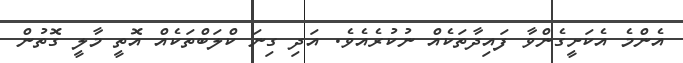
އެންމެ އެކަށީގެންވާ ފައިދާތަކެއް ނުކުރެއެވެ. އަދި ގިނަ ކްލަބްތަކެއް އޮތީ މާލީ ގޮތުން